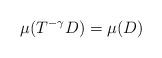
LaTeX: \begin{align*} \mu(T^{-\gamma} D)=\mu(D) \end{align*}